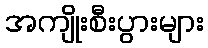
အကျိုးစီးပွားများ